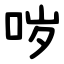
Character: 哕